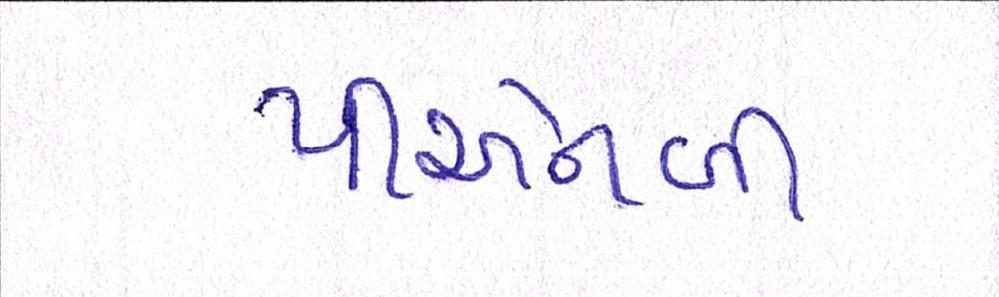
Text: પીએનબી